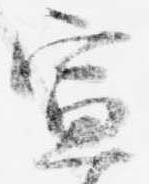
宣